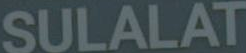
SULALAT